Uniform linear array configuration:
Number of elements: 64
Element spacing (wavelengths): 0.25
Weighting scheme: exponential
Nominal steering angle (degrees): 15
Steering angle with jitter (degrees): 16.17
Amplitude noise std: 0.05
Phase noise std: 0.05

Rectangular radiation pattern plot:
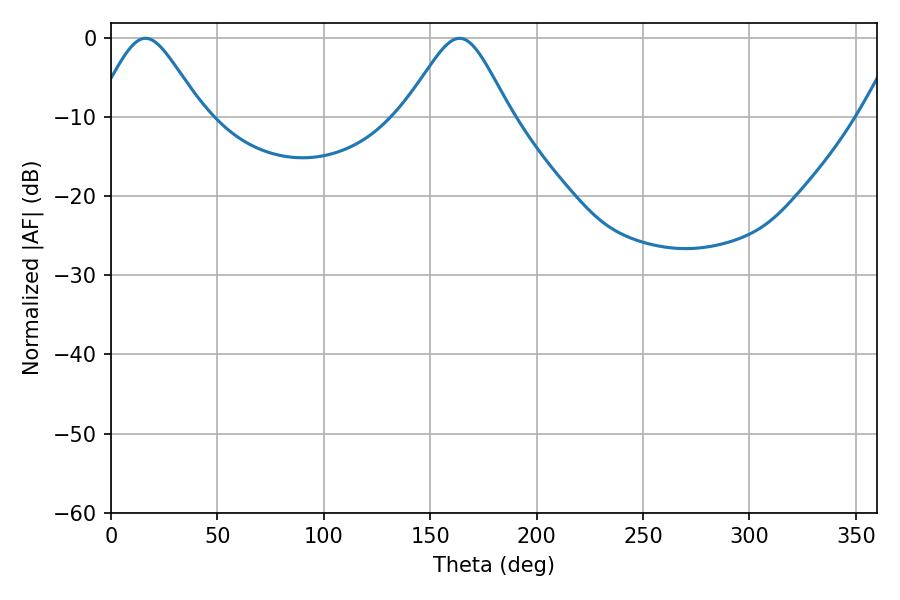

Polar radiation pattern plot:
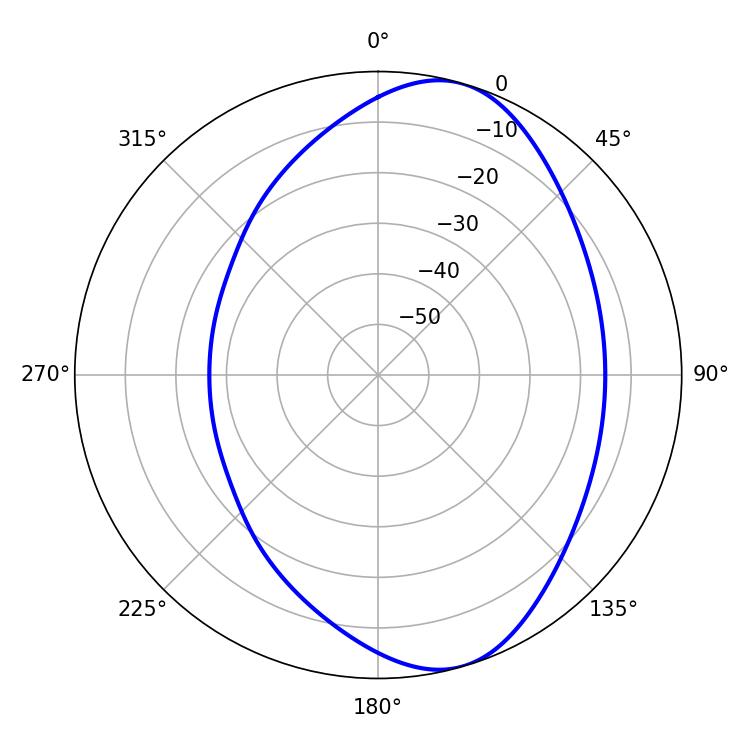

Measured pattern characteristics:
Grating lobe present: FALSE
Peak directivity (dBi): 7.788
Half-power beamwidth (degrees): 24.48
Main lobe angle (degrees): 16.2